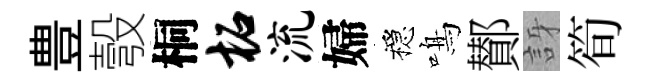
豊彀桐柘流婦穩鳴鄼訝筍